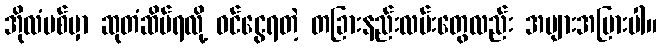
အိုလံပစ်မှာ ဆုတံဆိပ်ရလို့ ဝင်ငွေရတဲ့ တခြားနည်းလမ်းတွေလည်း အများအပြားပါ။